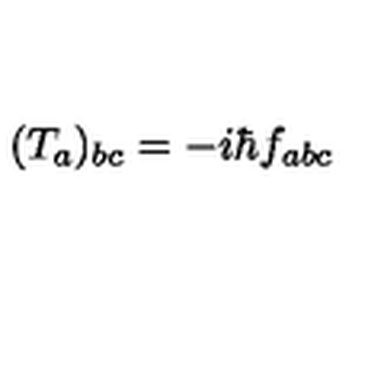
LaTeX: ( T _ { a } ) _ { b c } = - i \hbar f _ { a b c }